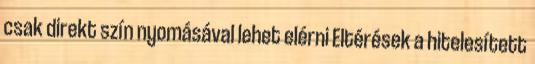
csak direkt szín nyomásával lehet elérni Eltérések a hitelesített